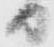
日